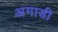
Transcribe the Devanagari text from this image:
अगाडी